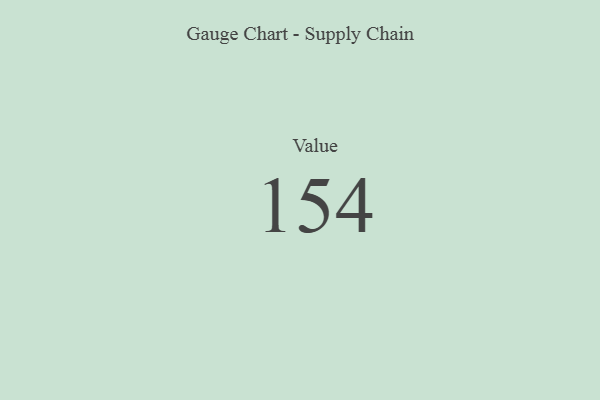
{"axis": {"x": "Metric", "y": "Value"}, "legend": [""], "data": [{"x": "Value", "y": 154, "type": ""}]}